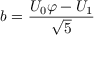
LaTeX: b = { \frac { U _ { 0 } \varphi - U _ { 1 } } { \sqrt { 5 } } }